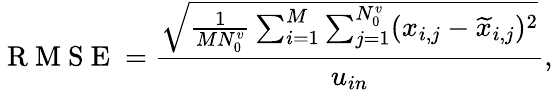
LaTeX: \mathrm{~R~M~S~E~}=\frac{\sqrt{\frac{1}{MN_{0}^{v}}\sum_{i=1}^{M}\sum_{j=1}^{N_{0}^{v}}(x_{i,j}-\widetilde{x}_{i,j})^{2}}}{u_{in}},